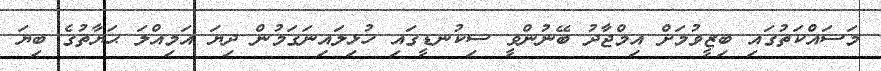
މަސައްކަތުގައި ބިޒީވުމަށް އިމްޖާދު ބޭނުންވީ ސިކުނޑީގައި ހުޅިލައިނަގަމުން ދިޔަ އަމިއްލަ ޙަޔާތުގެ ބިޔަ